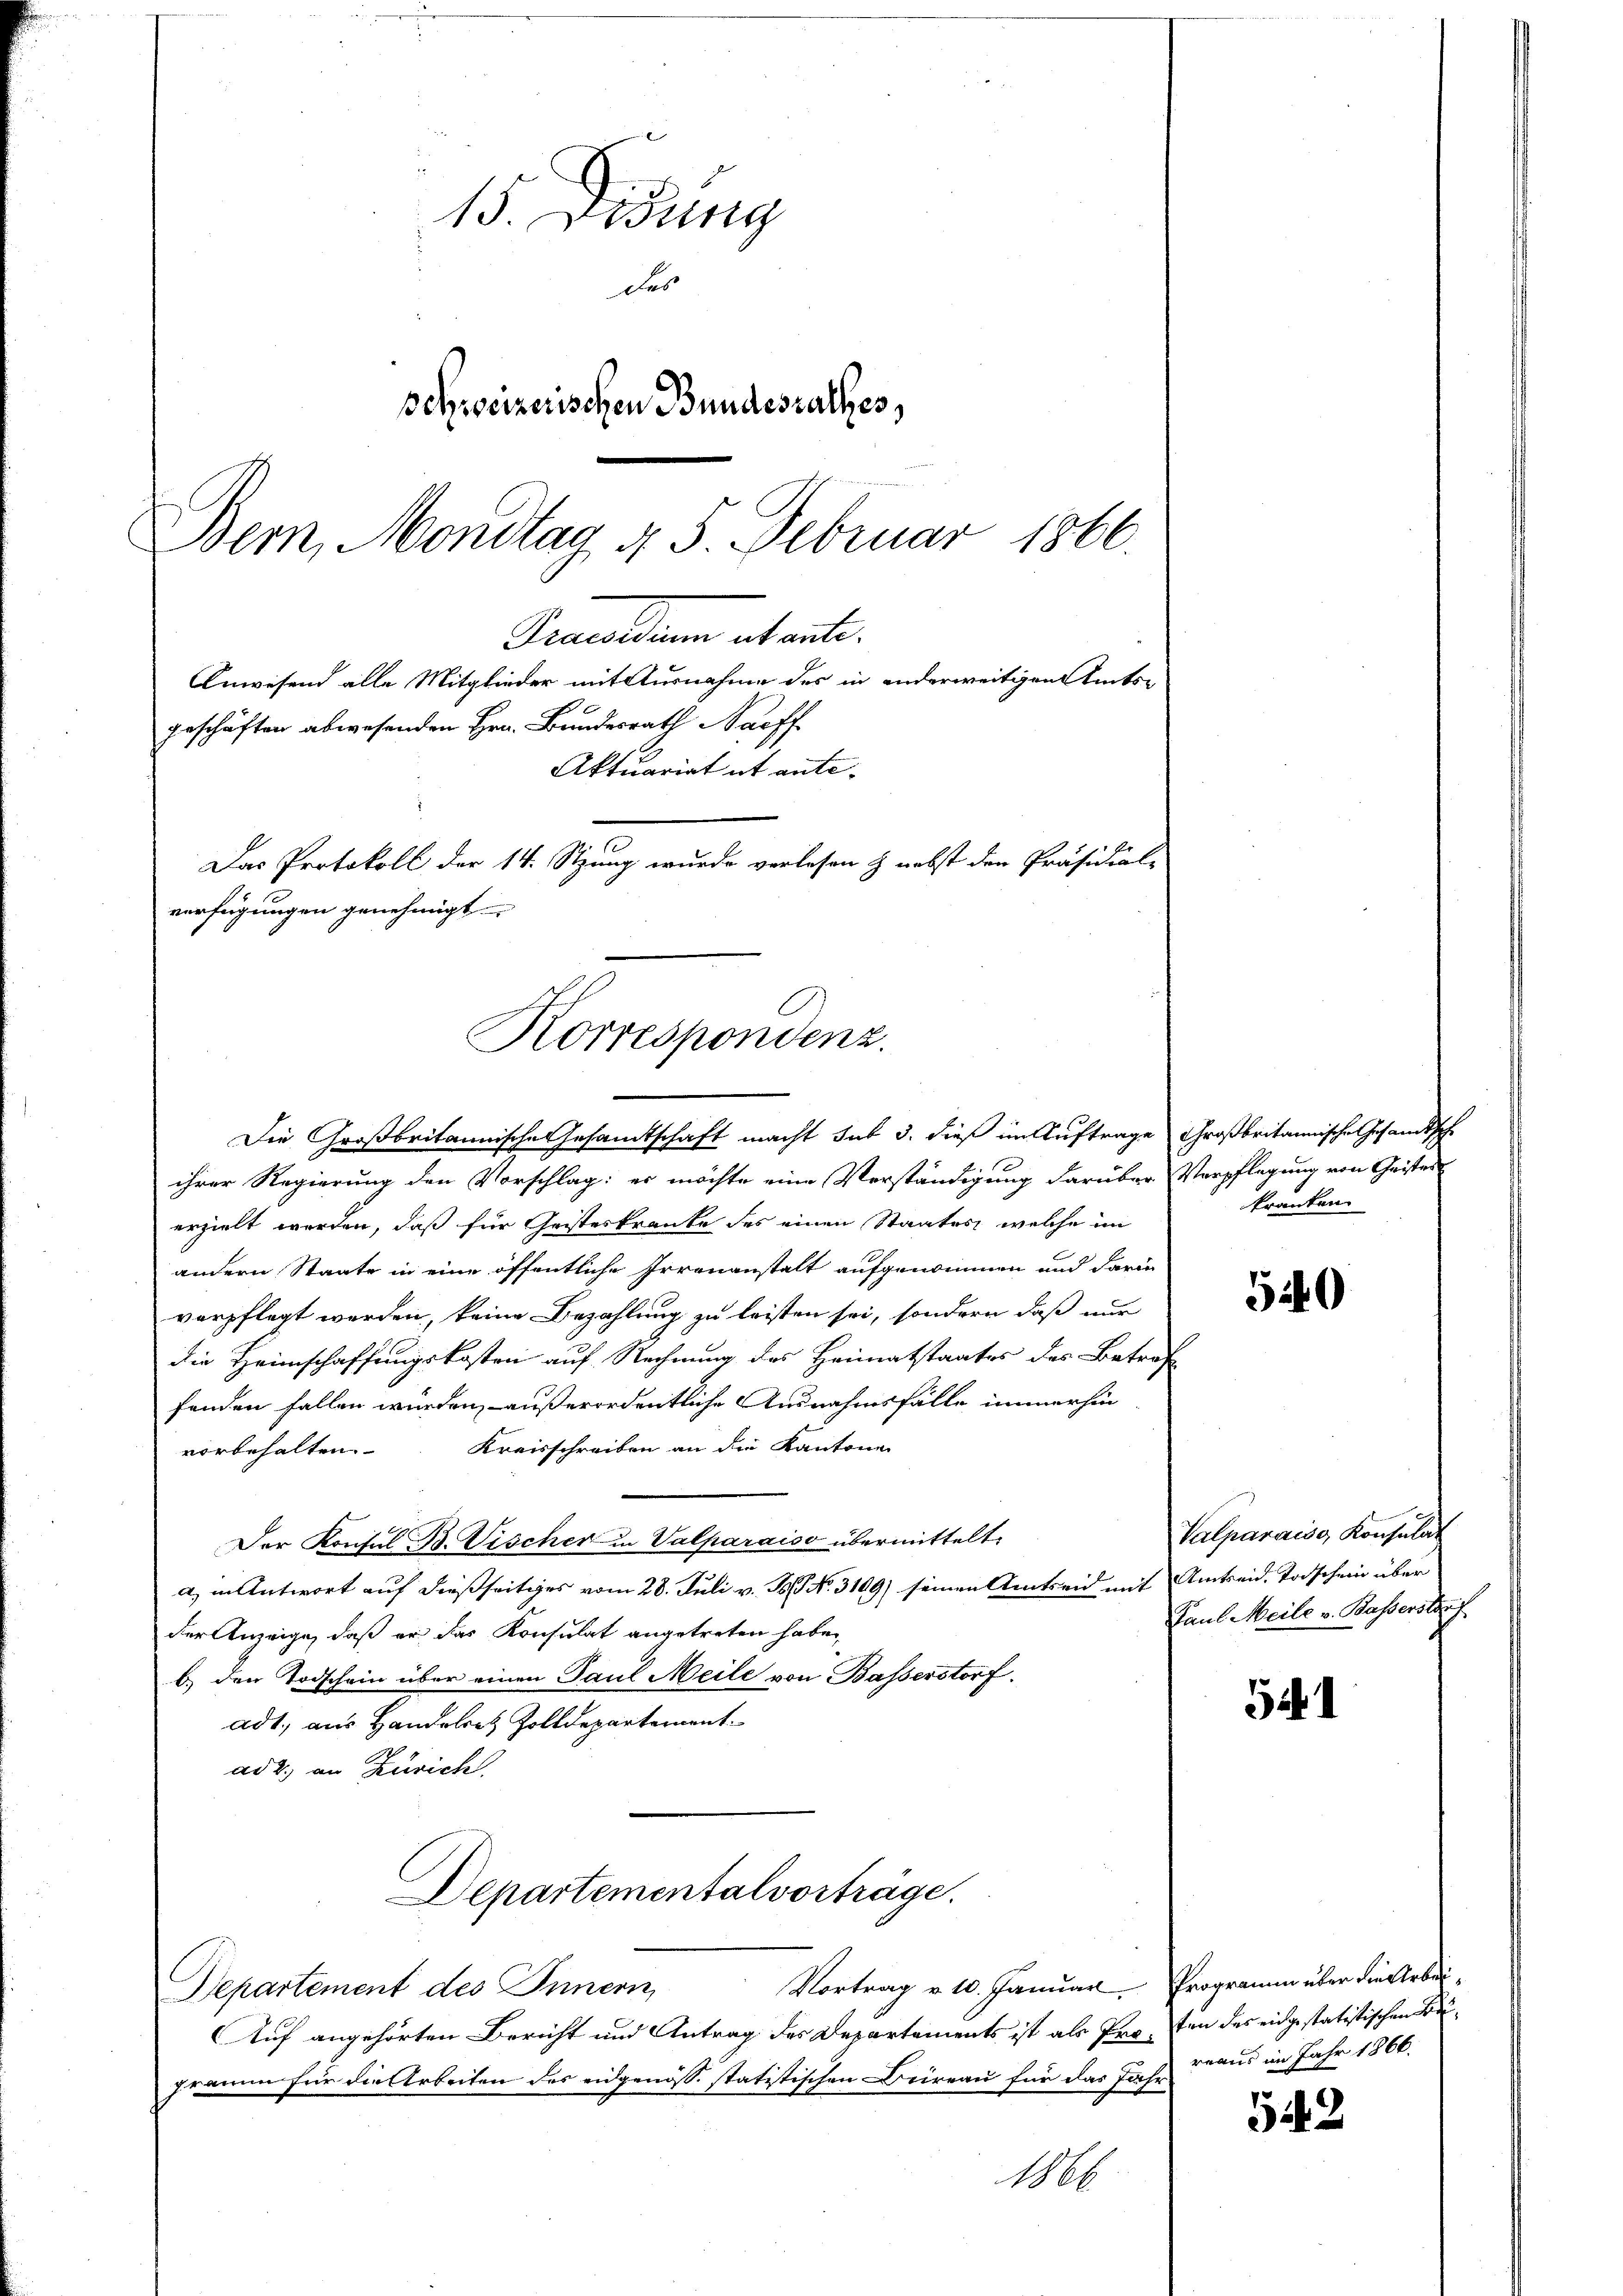
15. Ordung
des
schweizerischen Bundesrathes,
Bem, Mondtag d. 5. Februar 1866.

Grandum abante.
Anwesend alle Mitglieder mit Ausnahme des in anderweitigen Amts-
geschäften abwesenden Hrn. Bundesrath auff
Das Protokoll der 14. Stzung wurde verlesen & nebst den Präsidial-
verfügungen genehmigt
Korrespondenz.

Aktuariat et ante¬

Die Großbritannische Gesamtschaft macht sub 3. dieß im Auftrage Großbritannische Gesandt,
ihrer Regierung den Vorschlag: es möchte eine Verständigung darüber Verpflegung von Geistes
erzielt werden, daß für Geisteskranke des einen Staates, welche im
andern Staate in eine öffentliche Irrenanstalt aufgenommen und darin
verpflegt werden, keine Bezahlung zu leisten sei, sondern daß nur
die Heimschaffungskosten auf Rechnung des Heimatstaates des Betraf-
fanden fallen würden, außerordentliche Ausnahmsfälle immerhin
vorbehalten Kreisschreiben an die Kantone
Der Konsul Bd. Vischer in Valparaiso übermittelt,
a) in Antwort auf dießseitiges vom 28. Juli v. Js. No. 3109) seinen Amtseid mit Amtseid. Todschein über
der Anzeige, daß er das Konsulat angetreten habe,
b) den Todschein über einen Paul Meile von Basserstorf.
adt, aus Handeres Zolldepartementad 2. an Zürich
Departementalvorträge.
Vortrag v. 10. Januar. Programm über die Arbei¬
Departement des Innern,
Auf angehörten Bericht und Antrag des Departements ist als Proten des eidgestatistischen Begramm für die Arbeiten des eidgenöss. statistischen Beireau für das Jahre draus im Jahr 1866.

106

kranken.

540

Valparaise Konsulat
Paul Meile v. Basserstauf

5

522